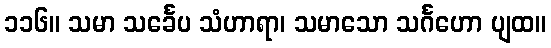
၁၁၆။ သမာ သင်္ခေပ သံဟာရာ၊ သမာသော သင်္ဂဟော ပျထ။